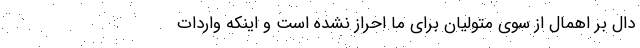
دال بر اهمال از سوی متولیان برای ما احراز نشده است و اینکه واردات